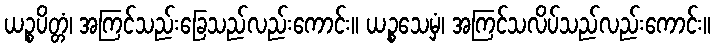
ယဉ္စပိတ္တံ၊ အကြင်သည်းခြေသည်လည်းကောင်း။ ယဉ္စသေမှံ၊ အကြင်သလိပ်သည်လည်းကောင်း။